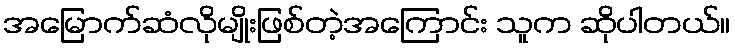
အမြောက်ဆံလိုမျိုးဖြစ်တဲ့အကြောင်း သူက ဆိုပါတယ်။